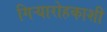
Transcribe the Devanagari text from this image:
गिऱ्यारोहकाशी